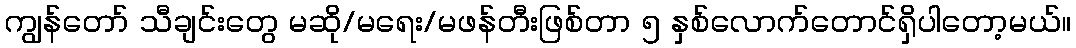
ကျွန်တော် သီချင်းတွေ မဆို/မရေး/မဖန်တီးဖြစ်တာ ၅ နှစ်လောက်တောင်ရှိပါတော့မယ်။